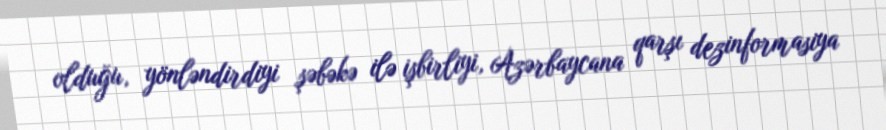
olduğu, yönləndirdiyi şəbəkə ilə işbirliyi, Azərbaycana qarşı dezinformasiya